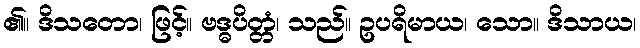
၏။ ဒိသတော၊ ဖြင့်။ ဗဒ္ဓပိတ္တံ၊ သည်။ ဥပရိမာယ၊ သော။ ဒိသာယ၊